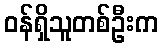
ဝန်ရှိသူတစ်ဦးက